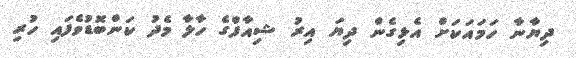
ދިޔާނާ ހަމައަކަށް އެޅިގެން ދިޔަ އިރު ޝިއާފްގެ ހާލާ މެދު ކަންބޮޑުވެފައި ހުރި